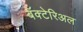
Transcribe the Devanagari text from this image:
बॅक्टेरिअल